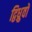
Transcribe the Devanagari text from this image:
द्विध्रुवों